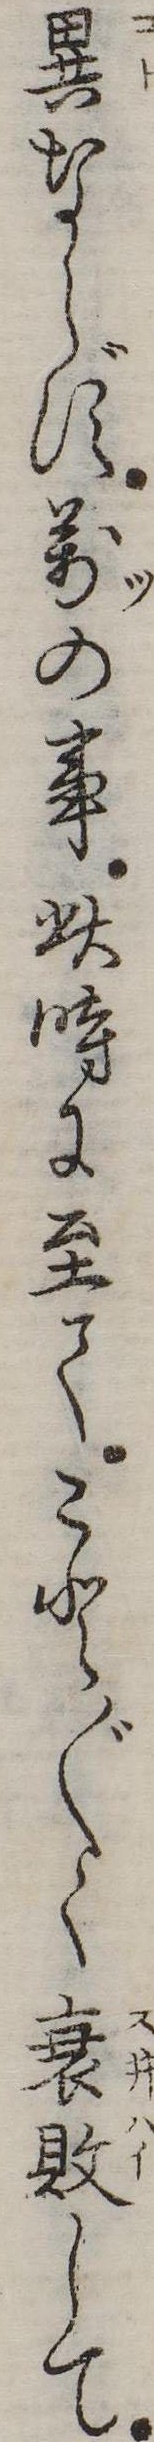
異ならず万の事此時に至てこと〲く衰敗して